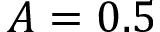
A = 0 . 5